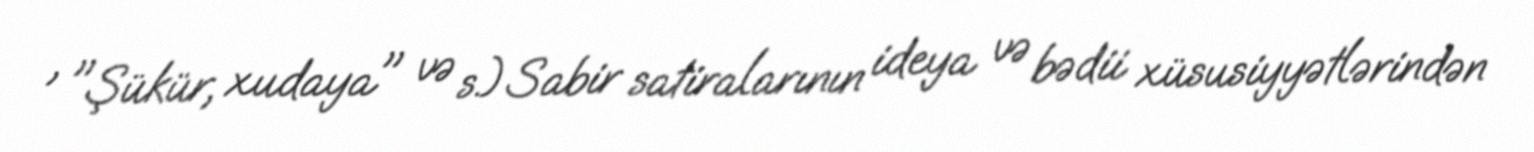
, "Şükür, xudaya" və s.) Sabir satiralarının ideya və bədii xüsusiyyətlərindən